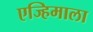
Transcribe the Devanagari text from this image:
एज्हिमाला